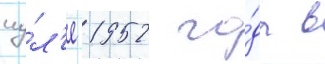
иу́л'е 1952 го́да в